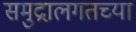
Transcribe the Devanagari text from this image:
समुद्रालगतच्या